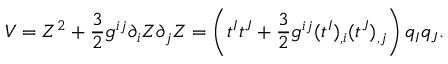
V = Z ^ { 2 } + { \frac { 3 } { 2 } } g ^ { i j } \partial _ { i } Z \partial _ { j } Z = \left( t ^ { I } t ^ { J } + { \frac { 3 } { 2 } } g ^ { i j } ( t ^ { I } ) _ { , i } ( t ^ { J } ) _ { , j } \right) q _ { I } q _ { J } .